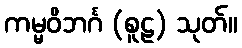
ကမ္မဝိဘင်္ဂ (စူဠ) သုတ်။